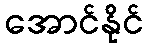
အောင်နိုင်